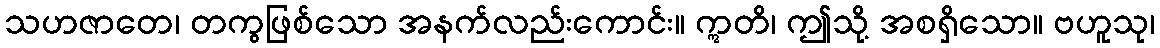
သဟဇာတေ၊ တကွဖြစ်သော အနက်လည်းကောင်း။ ဣတိ၊ ဤသို့ အစရှိသော။ ဗဟူသု၊